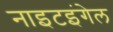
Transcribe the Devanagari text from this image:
नाइटइंगेल